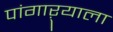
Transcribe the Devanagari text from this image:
पांगाऱ्याला